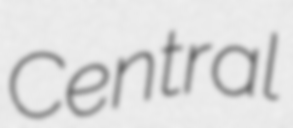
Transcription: Central